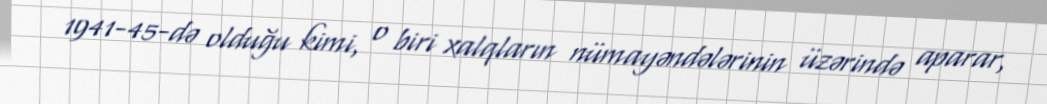
1941-45-də olduğu kimi, o biri xalqların nümayəndələrinin üzərində aparar,